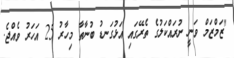
"ޒަމްޒަމް ވަނީ ނުރައްކަލުގެ ތެރޭގައި އަޅުގަނޑު ބުނާތާ މިހާރު 25 އަހަރު ވެއްޖެ.